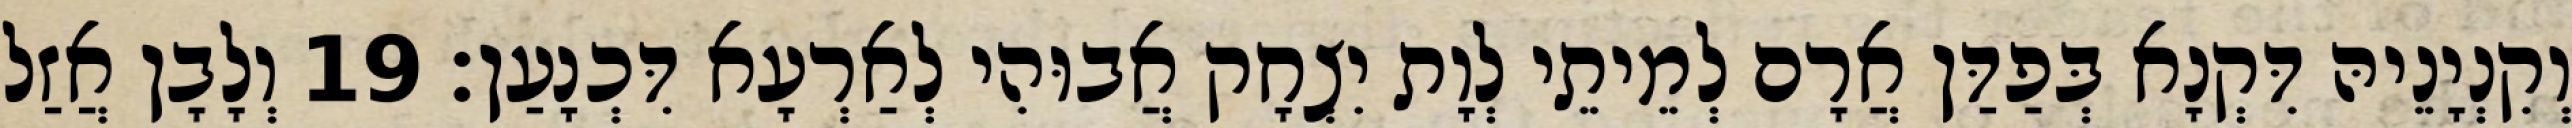
וְקִנְיָנֵיהּ דִּקְנָא בְּפַדַּן אֲרָם לְמֵיתֵי לְוָת יִצְחָק אֲבוּהִי לְאַרְעָא דִּכְנָעַן׃ 19 וְלָבָן אֲזַל